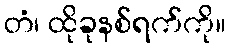
တံ၊ ထိုခုနစ်ရက်ကို။